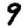
Digit: 9